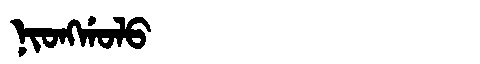
Manchu: ᠨᡳᠣᠩᡤᠣᠯᠣ
Romanization: NIONGGOLO